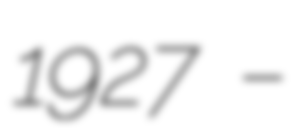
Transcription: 1927 –